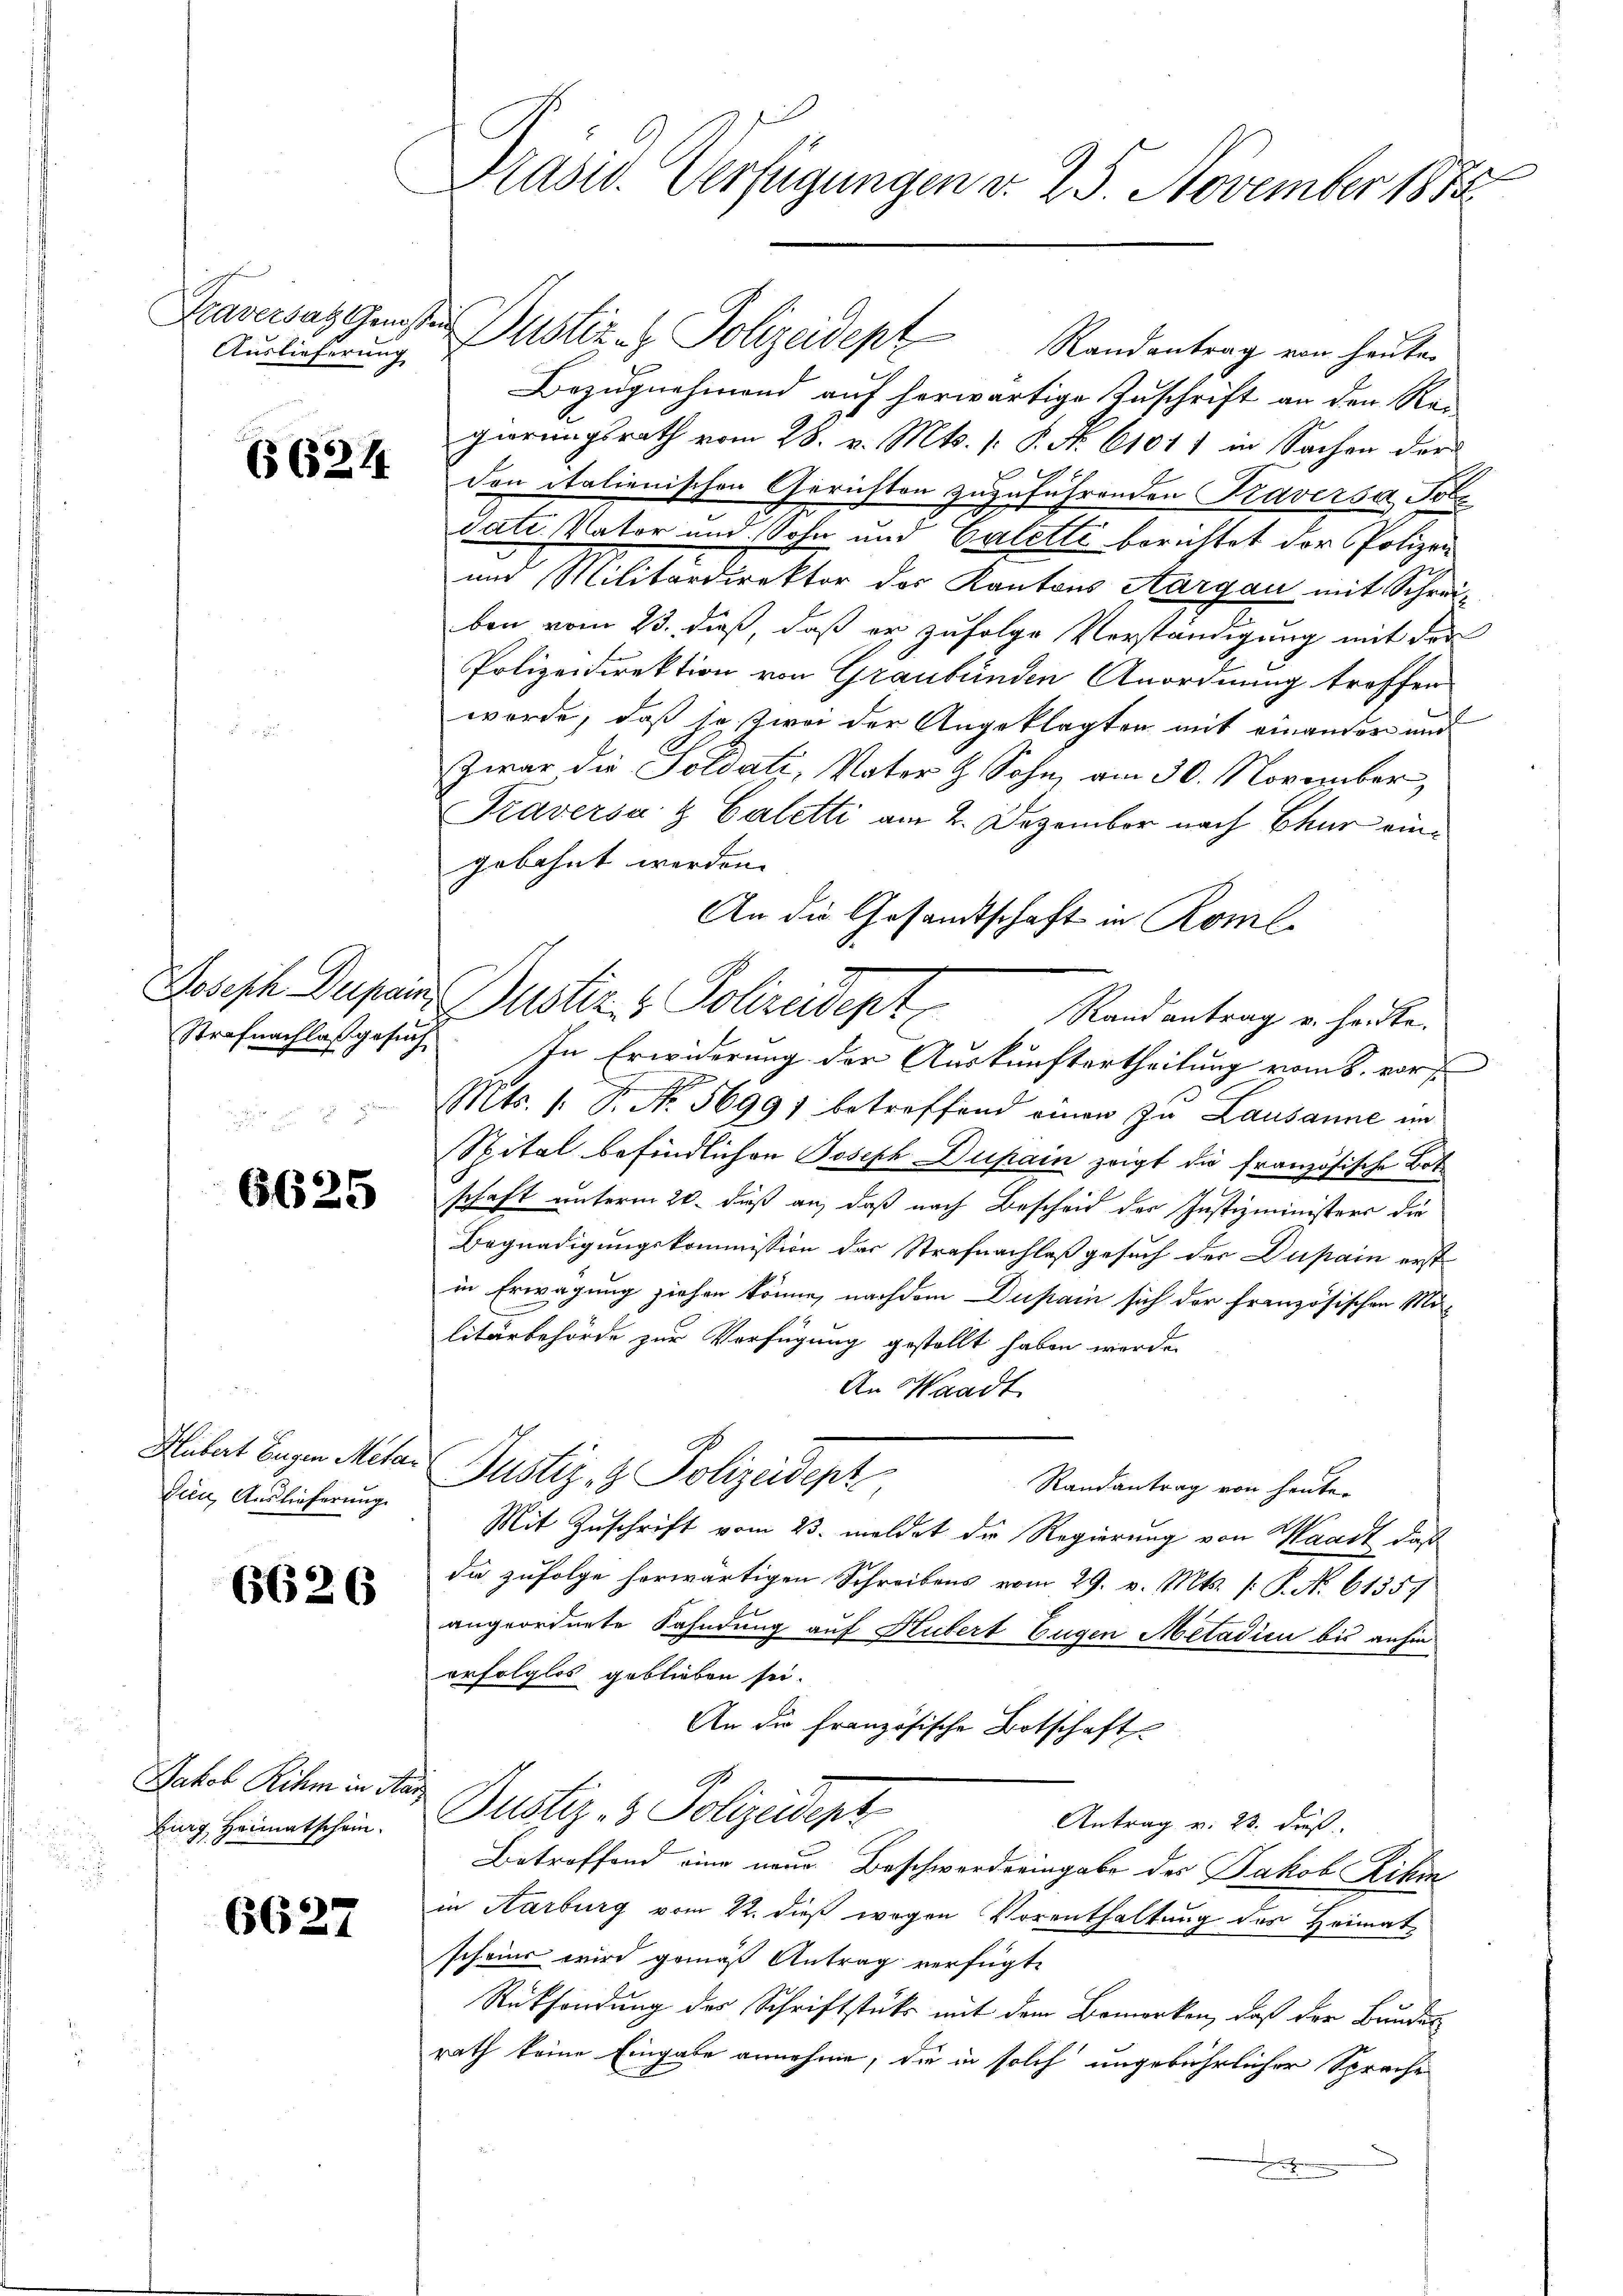
Auslieferung

6624.

Strafnachlaß gesuch

6625

Hubert Eugen Mitar
Tien, Auslieferung.

6626

Jakob Rihm in Aarburg Heimatschein.

6627

Präsid. Verfügungen v. 25. November 1882

Kraversagensten Justiz- & Polizeidept Randentrag von heute
Bezugnehmend auf herwärtige Zuschrift an den Rei
gierungsrath vom 28. v. Mts. (: P. No. 61011 in Sachen der
den italienischen Gerichten zuzuführenden Kaversa Sodati Nator und Sohn und Calette berichtet der Polizei
und Militärdirektor des Kantons Aargau mit Schreiben vom 23. dieß, daß er zufolge Verständigung mit der
Polizeidirektion von Graubünden Anordnung troffen.
werde, daß ja zwei der Angeklagten mit einander und
Zwar die Soldati, Vater & Sohn am 30. November,
Traversaz Caletti am 2. Dezember nach Chur eingebahnt werden.
An die Gesandtschaft in Roml¬
3
Randantrag u. heute.
In Erwiderung der Auskunftertheilung vom 8. vor
E
Mts. 1. P. Nr. 5699) betreffend einen zu Lausanne im
Spital befindlichen Joseph Dupain zeigt die französische Botschaft unterm 20. daß an, daß nach Bescheid der Justizministers die
Begnadigungskommission der Strafnachlaß gesuch der Dupain erst
in Erwägung ziehen könne, nachdem Dupain sich der französischen Mi-
litärbehörde zur Verfügung gestellt haben werde.
An Waadt
Justiz- & Polizeidept
Randantrag von heute.
Mit Zuschrift vom 23. meldet die Regierung von Waadt, daß
die zufolge herwärtigen Schreibens vom 29. v. Mts. /: P. N. 61357
angeordnete Fahndung auf Hubert Eugen Metadien bis anhin
erfolglos geblieben sei.
An die französische Botschaft
G
Justiz- & Polizeident
Antrag v. 23. dieß.
Betroffend eine neue Beschwerdeeingabe des Jakob Rihm
in Aarburg vom 22. dieß wegen Vorenthaltung des Heimatschein wird gemäß Antrag verfügte
Rücksendung des Schriftstutz mit dem Bemerken, daß der Bundes-
rath keine Eingabe annehme, die in solch ungebührlicher Sprache
.

Joseph Dupans Justiz & Polizeisept